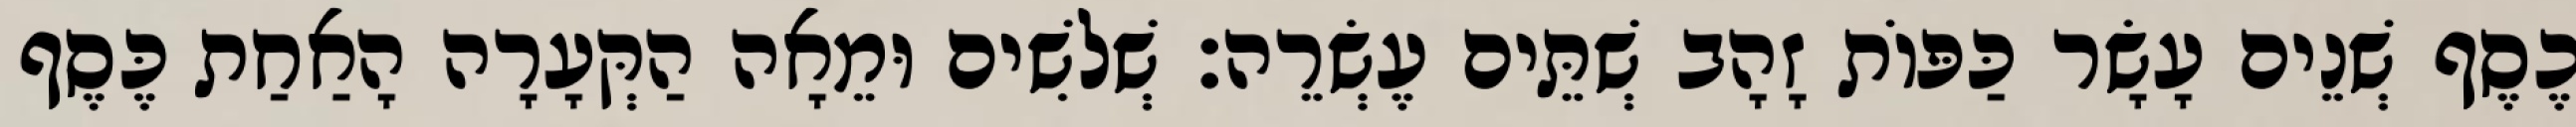
כֶסֶף שְׁנֵים עָשָׂר כַּפּוֹת זָהָב שְׁתֵּים עֶשְׂרֵה׃ שְׁלשִׁים וּמֵאָה הַקְּעָרָה הָאַחַת כֶּסֶף